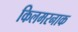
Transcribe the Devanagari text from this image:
किलमरनाक